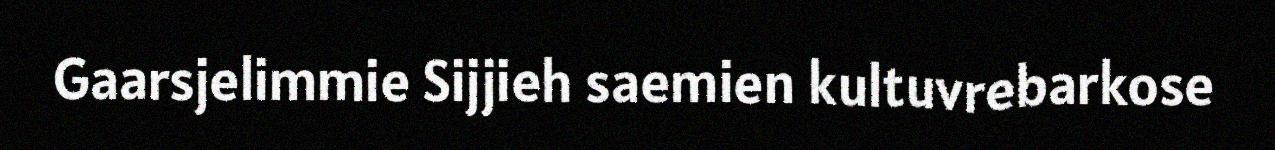
Gaarsjelimmie Sijjieh saemien kultuvrebarkose